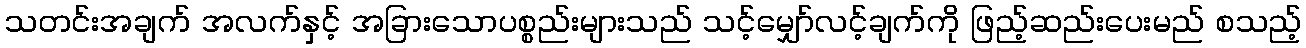
သတင်းအချက် အလက်နှင့် အခြားသောပစ္စည်းများသည် သင့်မျှော်လင့်ချက်ကို ဖြည့်ဆည်းပေးမည် စသည့်